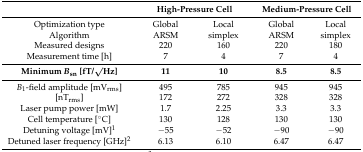
|  | <COLSPAN=2> High-Pressure Cell | <COLSPAN=2> Medium-Pressure Cell |
 | --- | --- | --- | --- | --- |
 | Optimization type | Global | Local | Global | Local |
 | Algorithm | ARSM | simplex | ARSM | simplex |
 | Measured designs | 220 | 160 | 220 | 180 |
 | Measurement time [h] | 7 | 4 | 7 | 4 |
 | Minimum Bsn [fT/√Hz] | 11 | 10 | 8.5 | 8.5 |
 | B1-field amplitude [mVrms] | 495 | 785 | 945 | 945 |
 | [nTrms] | 172 | 272 | 328 | 328 |
 | Laser pump power [mW] | 1.7 | 2.25 | 3.3 | 3.3 |
 | Cell temperature [°C] | 130 | 128 | 130 | 130 |
 | Detuning voltage [mV]1 | −55 | −52 | −90 | −90 |
 | Detuned laser frequency [GHz]2 | 6.13 | 6.10 | 6.47 | 6.47 |